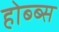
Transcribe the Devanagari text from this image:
होब्ब्स